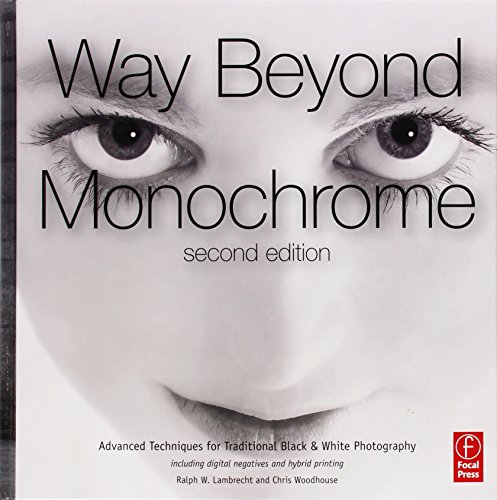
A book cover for Way Beyond Monochrome 2e: Advanced Techniques for Traditional Black & White Photography including digital negatives and hybrid printing; Ralph W. Lambrecht; Arts & Photography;